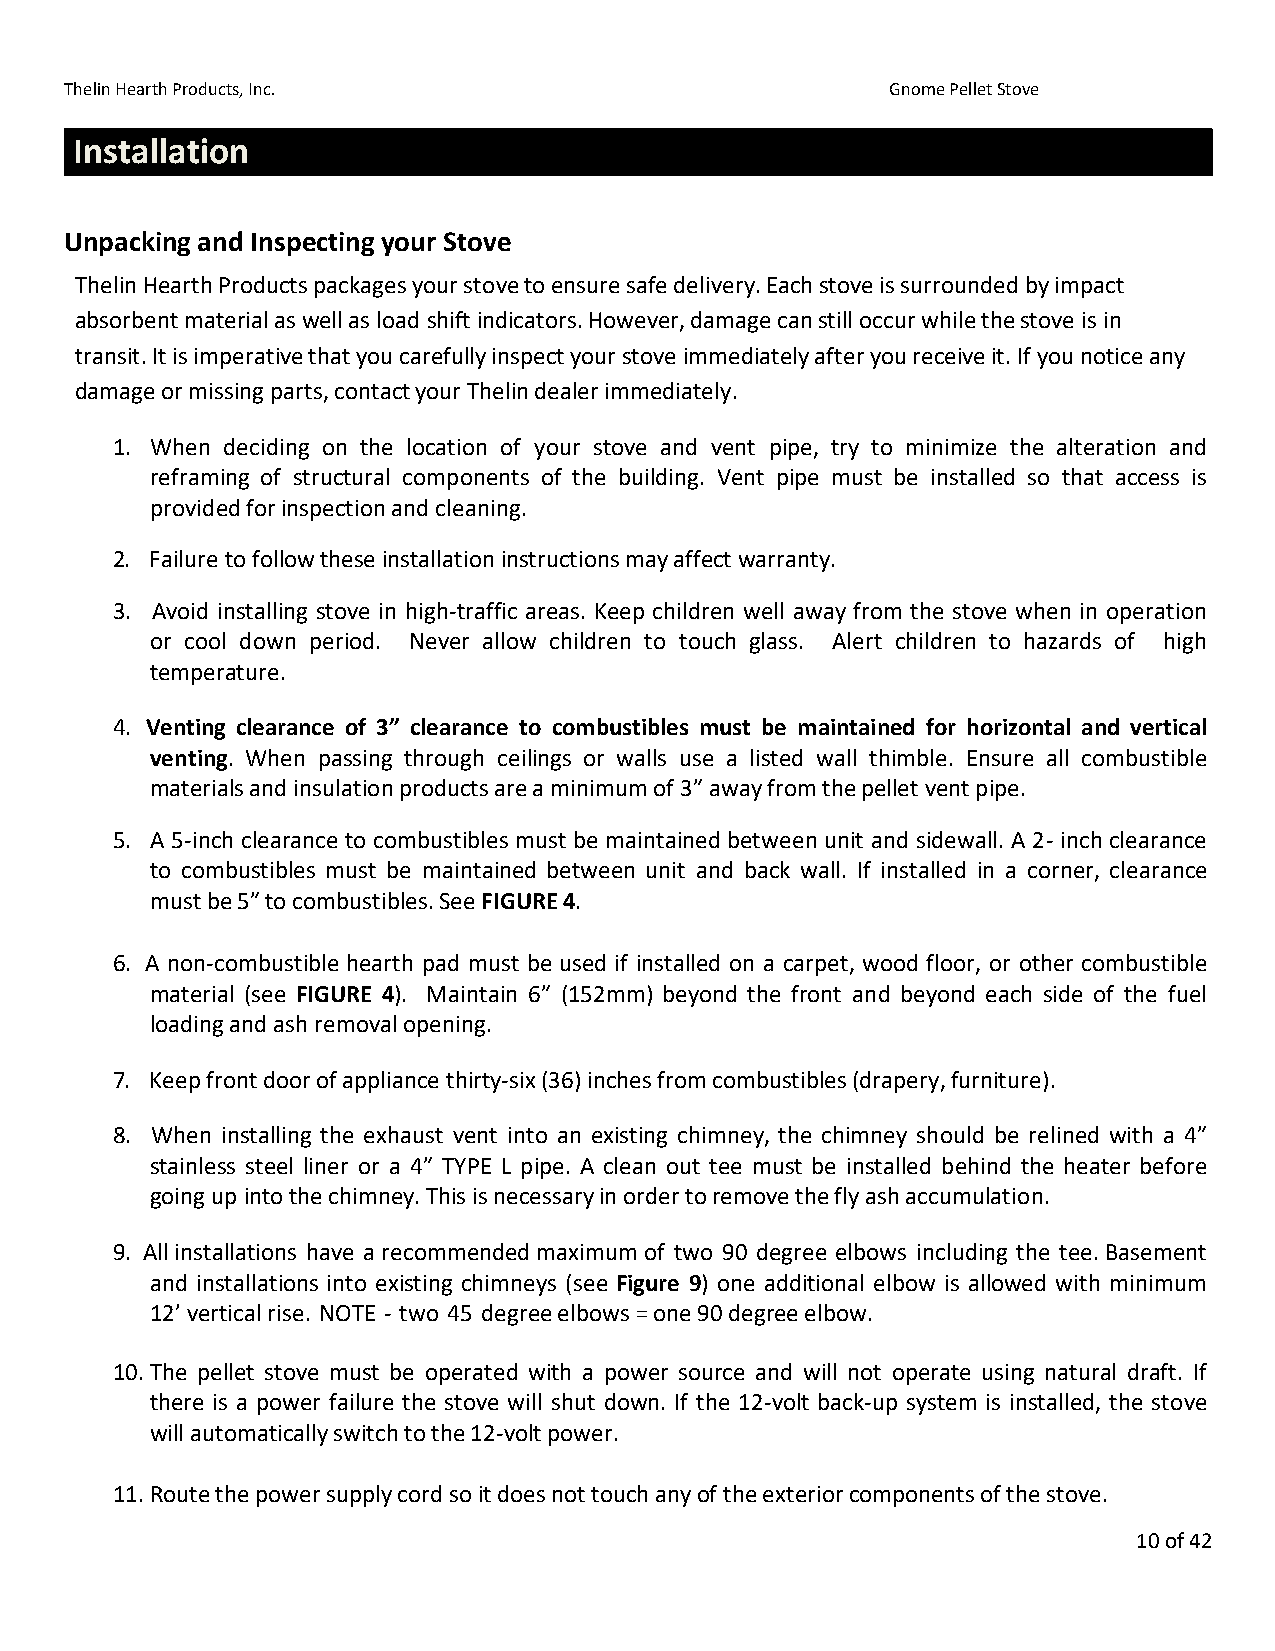
Thelin Hearth Products, Inc.                           Gnome Pellet Stove
 Installation
 Unpacking and Inspecting your Stove
 Thelin Hearth Products packages your stove to ensure safe delivery. Each stove is surrounded by impact
 absorbent material as well as load shift indicators. However, damage can still occur while the stove is in
 transit. It is imperative that you carefully inspect your stove immediately after you receive it. If you notice any
 damage or missing parts, contact your Thelin dealer immediately.
 1. When deciding on the location of your stove and vent pipe, try to minimize the alteration and
 reframing of structural components of the building. Vent pipe must be installed so that access is
 provided for inspection and cleaning.
 2. Failure to follow these installation instructions may affect warranty.
 3. Avoid installing stove in high-traffic areas. Keep children well away from the stove when in operation
 or cool down period. Never allow children to touch glass. Alert children to hazards of high
 temperature.
 4. Venting clearance of 3” clearance to combustibles must be maintained for horizontal and vertical
 venting. When passing through ceilings or walls use a listed wall thimble. Ensure all combustible
 materials and insulation products are a minimum of 3” away from the pellet vent pipe.
 5. A 5-inch clearance to combustibles must be maintained between unit and sidewall. A 2- inch clearance
 to combustibles must be maintained between unit and back wall. If installed in a corner, clearance
 must be 5” to combustibles. See FIGURE 4.
 6. A non-combustible hearth pad must be used if installed on a carpet, wood floor, or other combustible
 material (see FIGURE 4). Maintain 6” (152mm) beyond the front and beyond each side of the fuel
 loading and ash removal opening.
 7. Keep front door of appliance thirty-six (36) inches from combustibles (drapery, furniture).
 8. When installing the exhaust vent into an existing chimney, the chimney should be relined with a 4”
 stainless steel liner or a 4” TYPE L pipe. A clean out tee must be installed behind the heater before
 going up into the chimney. This is necessary in order to remove the fly ash accumulation.
 9. All installations have a recommended maximum of two 90 degree elbows including the tee. Basement
 and installations into existing chimneys (see Figure 9) one additional elbow is allowed with minimum
 12’ vertical rise. NOTE - two 45 degree elbows = one 90 degree elbow.
 10. The pellet stove must be operated with a power source and will not operate using natural draft. If
 there is a power failure the stove will shut down. If the 12-volt back-up system is installed, the stove
 will automatically switch to the 12-volt power.
 11. Route the power supply cord so it does not touch any of the exterior components of the stove.
 10 of 42